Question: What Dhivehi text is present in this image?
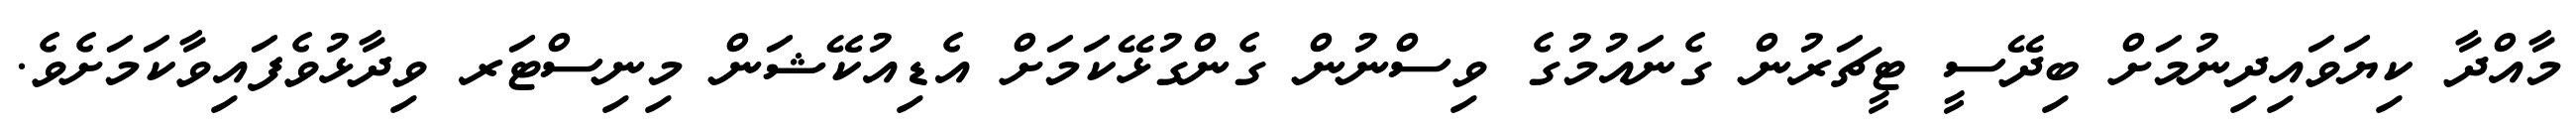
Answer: މާއްދާ ކިޔަވައިދިނުމަށް ބިދޭސީ ޓީޗަރުން ގެނައުމުގެ ވިސްނުން ގެންގުޅޭކަމަށް އެޑިއުކޭޝަން މިނިސްޓަރ ވިދާޅުވެފައިވާކަމަށެވެ.